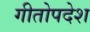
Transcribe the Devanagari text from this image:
गीतोपदेश